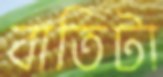
বাতিটা